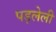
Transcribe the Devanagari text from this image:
पड़लेली